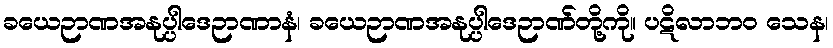
ခယေဉာဏအနုပ္ပါဒေဉာဏာနံ၊ ခယေဉာဏအနုပ္ပါဒေဉာဏ်တို့ကို။ ပဋိလာဘဝ သေန၊